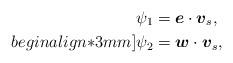
LaTeX: \begin{align*}\psi_{1}&=\mbox{\mathversion{bold}$e$}\cdot \mbox{\mathversion{bold}$v$}_{s}, \\begin{align*}3mm]\psi_{2}&=\mbox{\mathversion{bold}$w$}\cdot \mbox{\mathversion{bold}$v$}_{s},\end{align*}